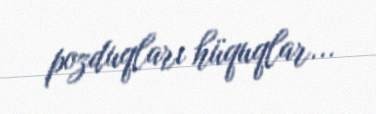
pozduqları hüquqlar...